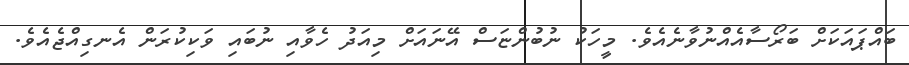
ބައްޕައަކަށް ބަރޯސާއެއްނުވާނެއެވެ. މީހަކު ނުބުންޏަސް އޭނައަށް މިއަދު ހެވާއި ނުބައި ވަކިކުރަން އެނގިއްޖެއެވެ.